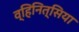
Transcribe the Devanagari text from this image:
व्हिनित्सिया